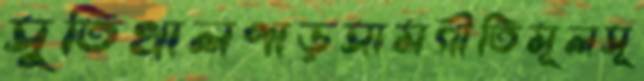
সুতিখালপাড়সামগীতিমূলসূ